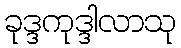
ခုဒ္ဒကုဒ္ဒါလာသု